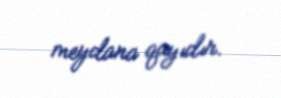
meydana qayıdır.